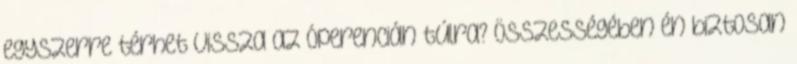
egyszerre térhet vissza az Óperencián túlra? Összességében én biztosan